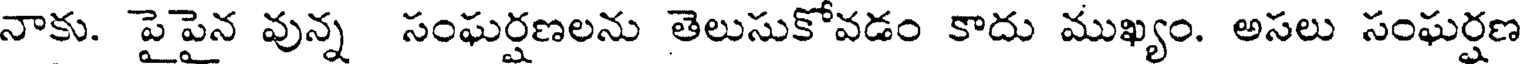
నాకు. పైపైన వున్న సంఘర్షణలను తెలుసుకోవడం కాదు ముఖ్యం. అసలు సంఘర్షణ